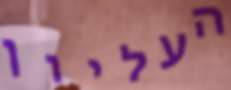
העליון